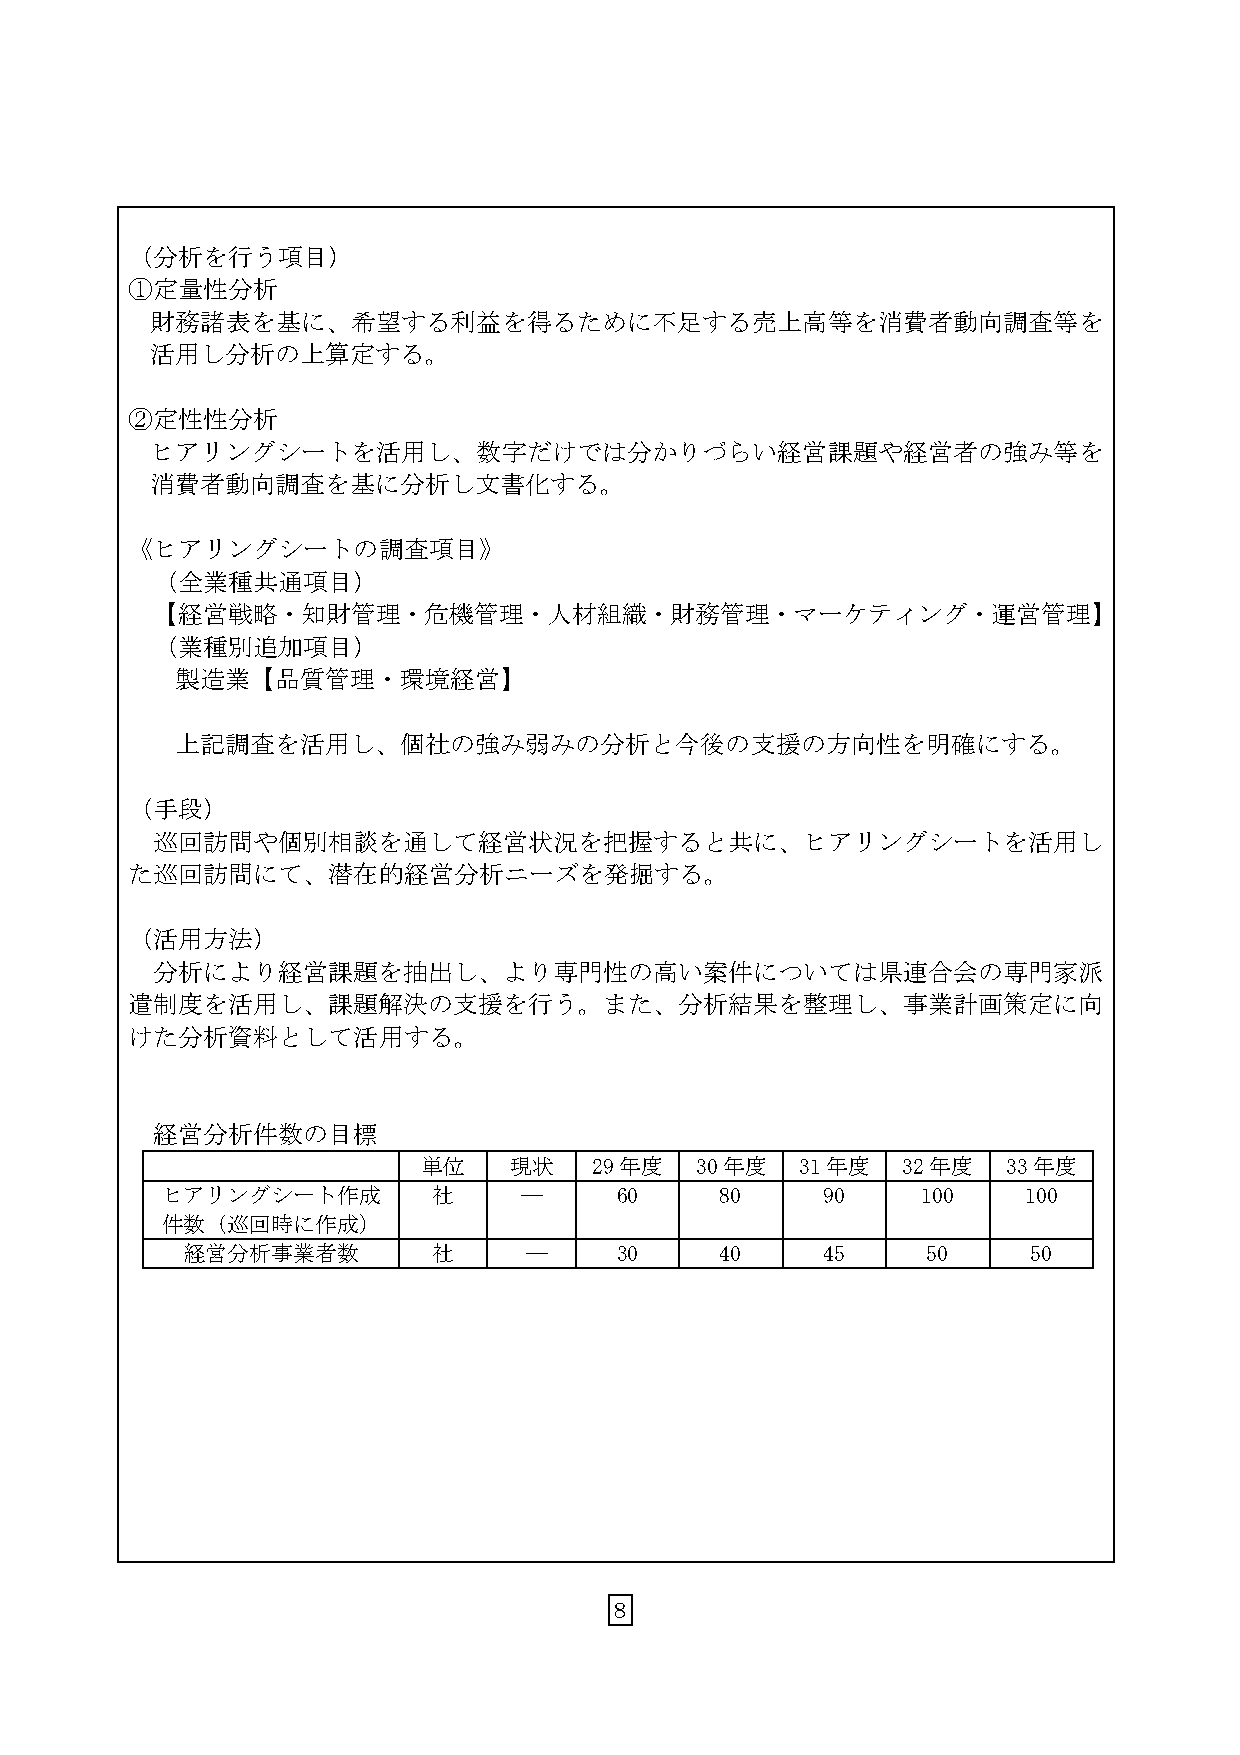
（分析を行う項目）
 ①定量性分析
 財務諸表を基に、希望する利益を得るために不足する売上高等を消費者動向調査等を
 活用し分析の上算定する。
 ②定性性分析
 ヒアリングシートを活用し、数字だけでは分かりづらい経営課題や経営者の強み等を
 消費者動向調査を基に分析し文書化する。
 《ヒアリングシートの調査項目》
 （全業種共通項目）
 【経営戦略・知財管理・危機管理・人材組織・財務管理・マーケティング・運営管理】
 （業種別追加項目）
 製造業【品質管理・環境経営】
 上記調査を活用し、個社の強み弱みの分析と今後の支援の方向性を明確にする。
 （手段）
 巡回訪問や個別相談を通して経営状況を把握すると共に、ヒアリングシートを活用し
 た巡回訪問にて、潜在的経営分析ニーズを発掘する。
 （活用方法）
 分析により経営課題を抽出し、より専門性の高い案件については県連合会の専門家派
 遣制度を活用し、課題解決の支援を行う。また、分析結果を整理し、事業計画策定に向
 けた分析資料として活用する。
 経営分析件数の目標
 単位    現状   29年度   30年度   31年度   32年度   33年度
 ヒアリングシート作成        社    ―      60     80     90    100    100
 件数（巡回時に作成）
 経営分析事業者数         社     ―     30     40     45    50     50
 ８